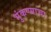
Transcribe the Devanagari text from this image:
भुंकण्याचा